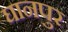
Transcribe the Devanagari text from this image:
घानपुर